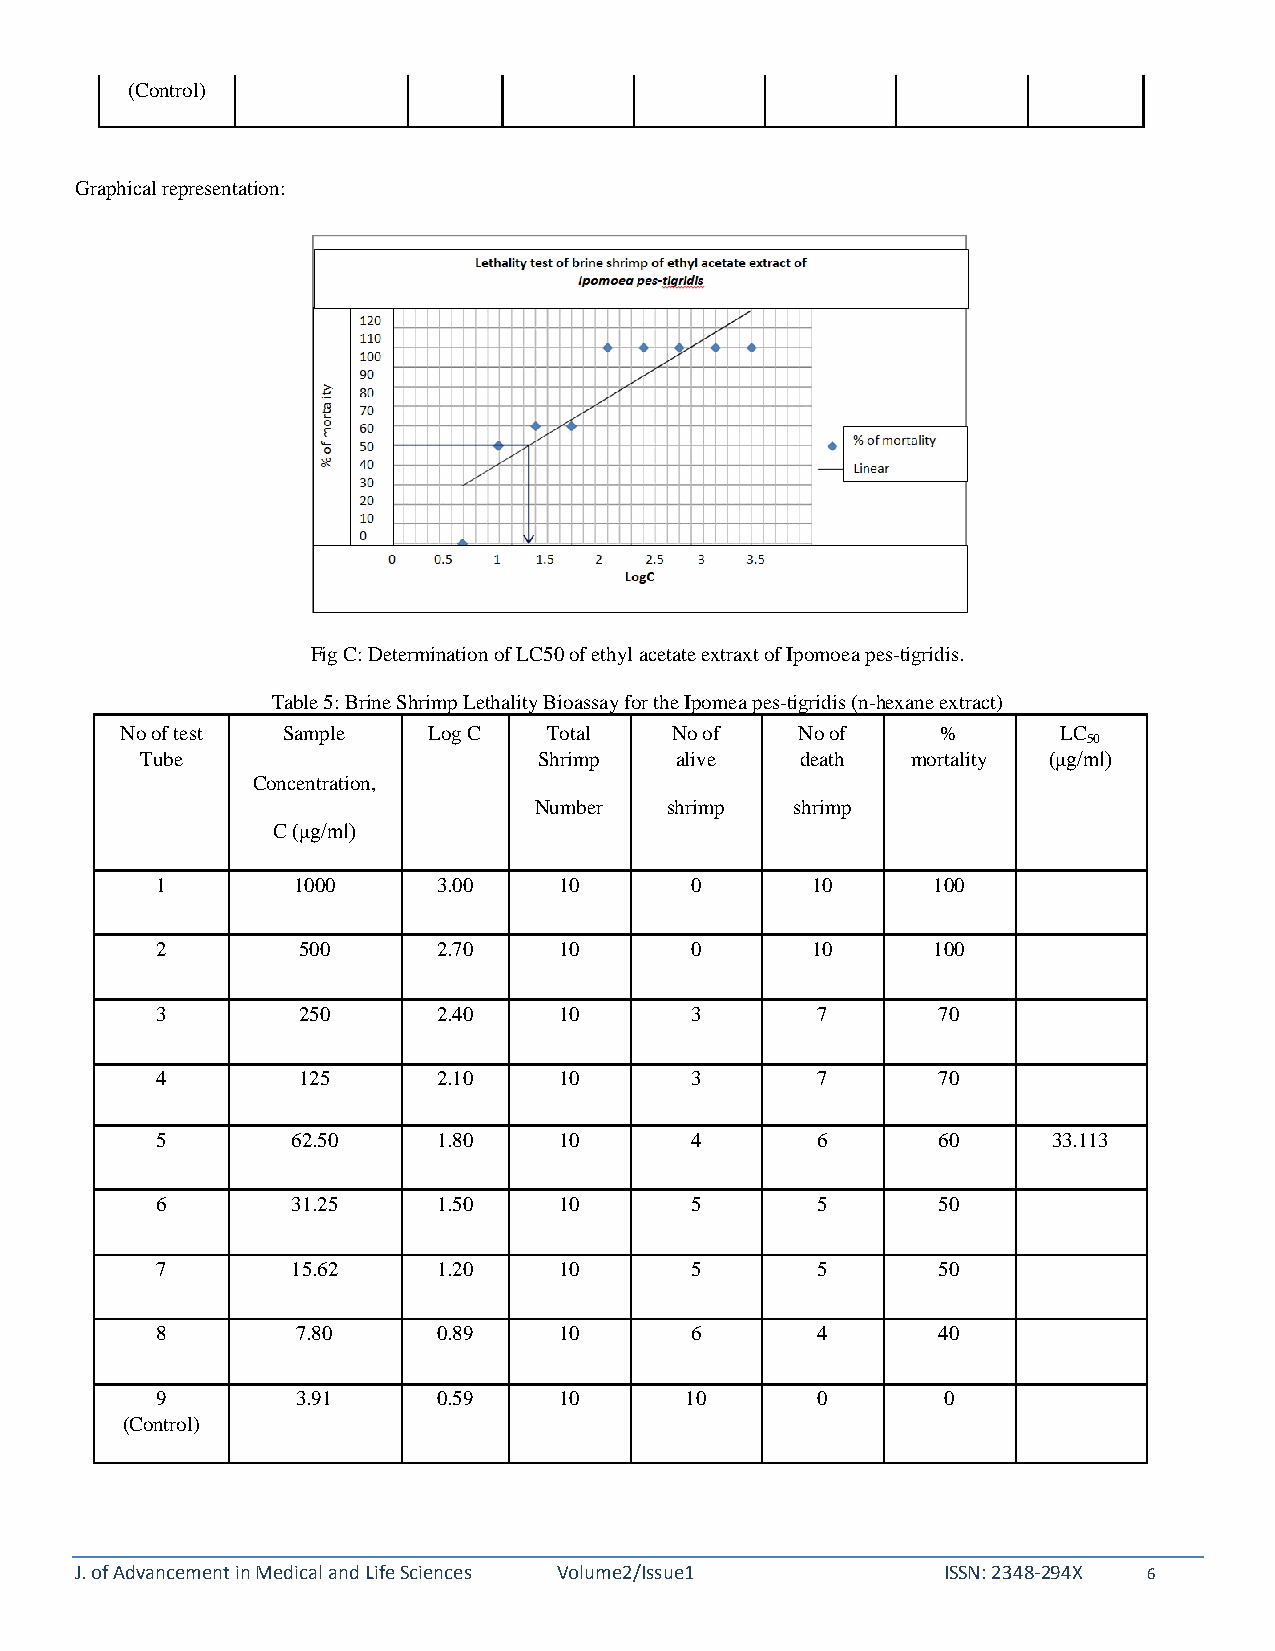
(Control)
 Graphical representation:
 Fig C: Determination of LC50 of ethyl acetate extraxt of Ipomoea pes-tigridis.
 Table 5: Brine Shrimp Lethality Bioassay for the Ipomea pes-tigridis (n-hexane extract)
 No of test Sample   Log C   Total   No of    No of    %       LC
 50
 Tube                       Shrimp   alive   death  mortality (μg/ml)
 Concentration,
 Number   shrimp   shrimp
 C (μg/ml)
 1        1000      3.00    10       0       10      100
 2         500      2.70    10       0       10      100
 3         250      2.40    10       3       7       70
 4         125      2.10    10       3       7       70
 5        62.50     1.80    10       4       6       60      33.113
 6        31.25     1.50    10       5       5       50
 7        15.62     1.20    10       5       5       50
 8         7.80     0.89    10       6       4       40
 9         3.91     0.59    10      10       0       0
 (Control)
 J. of Advancement in Medical and Life Sciences Volume2/Issue1 ISSN: 2348-294X 6